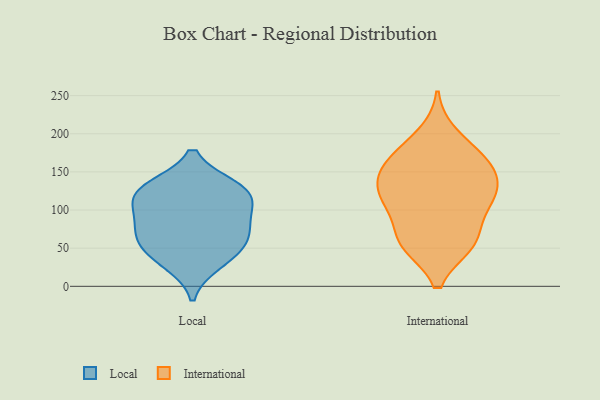
{"axis": {"x": "Churn Rate (%)", "y": "Value"}, "legend": ["International", "Local"], "data": [{"x": "", "y": 93, "type": "Local"}, {"x": "", "y": 130, "type": "Local"}, {"x": "", "y": 79, "type": "Local"}, {"x": "", "y": 58, "type": "Local"}, {"x": "", "y": 116, "type": "Local"}, {"x": "", "y": 68, "type": "Local"}, {"x": "", "y": 117, "type": "Local"}, {"x": "", "y": 130, "type": "Local"}, {"x": "", "y": 30, "type": "Local"}, {"x": "", "y": 44, "type": "Local"}, {"x": "", "y": 57, "type": "International"}, {"x": "", "y": 55, "type": "International"}, {"x": "", "y": 165, "type": "International"}, {"x": "", "y": 152, "type": "International"}, {"x": "", "y": 112, "type": "International"}, {"x": "", "y": 118, "type": "International"}, {"x": "", "y": 56, "type": "International"}, {"x": "", "y": 130, "type": "International"}, {"x": "", "y": 173, "type": "International"}, {"x": "", "y": 161, "type": "International"}, {"x": "", "y": 101, "type": "International"}, {"x": "", "y": 140, "type": "International"}, {"x": "", "y": 198, "type": "International"}, {"x": "", "y": 115, "type": "International"}, {"x": "", "y": 62, "type": "International"}]}